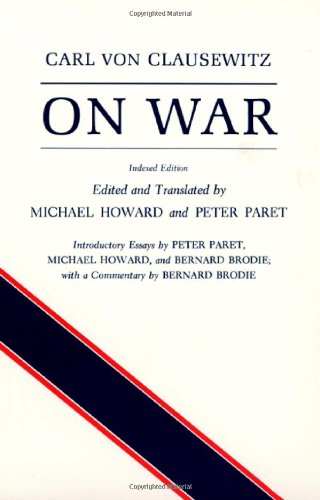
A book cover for On War, Indexed Edition; Carl von Clausewitz; Science & Math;